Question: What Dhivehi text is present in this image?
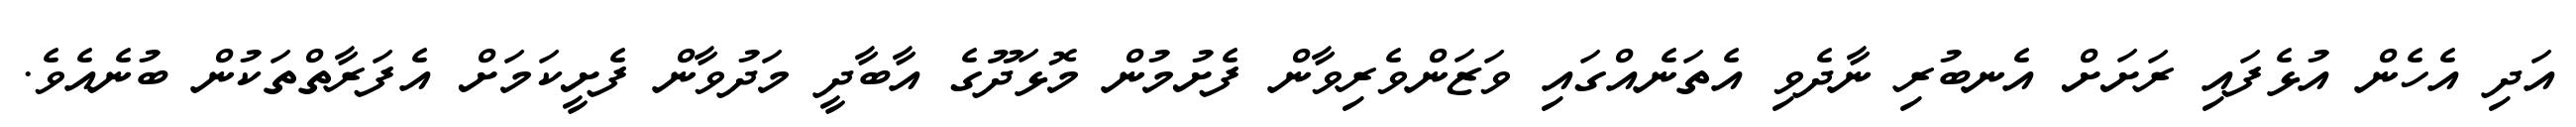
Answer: އަދި އެހެން އުޅެފައި ރަށަށް އެނބުރި ނާދެވި އެތަނެއްގައި ވަޒަންވެރިވާން ފެށުމުން މޮޅަދޫގެ އާބާދީ މަދުވާން ފެށީކަމަށް އެފަރާތްތަކުން ބުނެއެވެ.